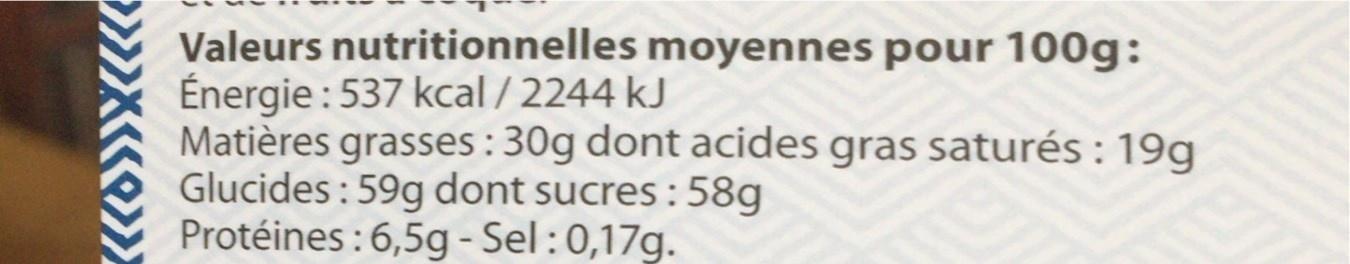
Valeurs nutritionnelles moyennes pour 100g: Énergie : 537 kcal / 2244 kJ Matières grasses : 30g dont acides gras saturés : 19g Glucides : 59g dont sucres : 58g Protéines :6,5g - Sel:0,17g.